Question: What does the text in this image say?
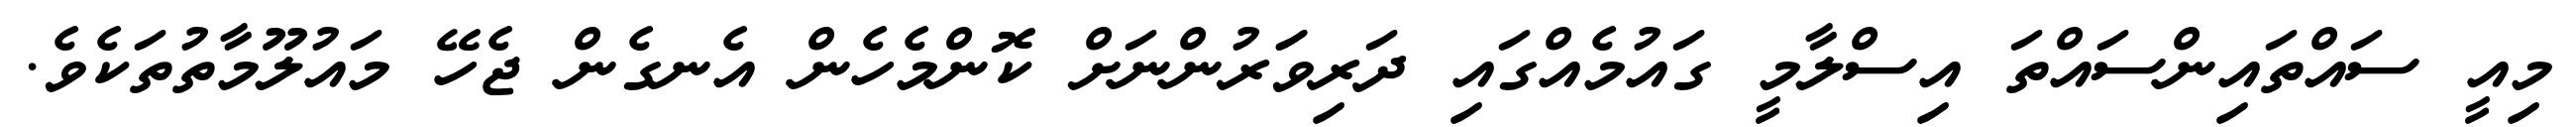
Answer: މިއީ ސައްތައިންސައްތަ އިސްލާމީ ގައުމެއްގައި ދަރިވަަރުންނަށް ކޮންމެހެން އެނގެން ޖެހޭ މައުލޫމާތުތަކެވެ.